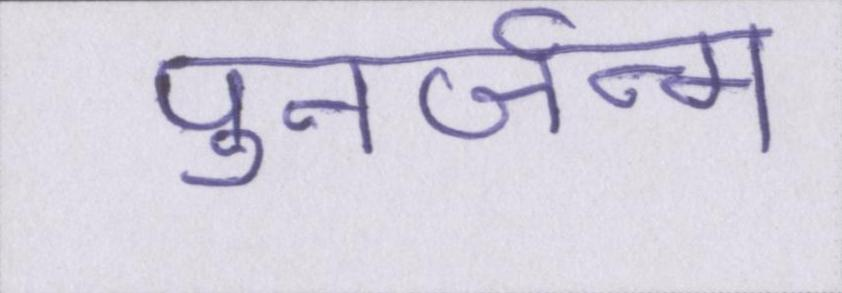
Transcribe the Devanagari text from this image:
पुनर्जन्म